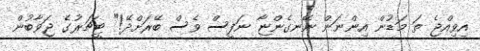
އިވިއްޖެ ތަ މަޑުން އިންނަން ނޭނގެންޏާ ނަފީސް ވެސް ބޭރަށްދޭ!" ޓީޗަރުގެ ޖަވާބުން